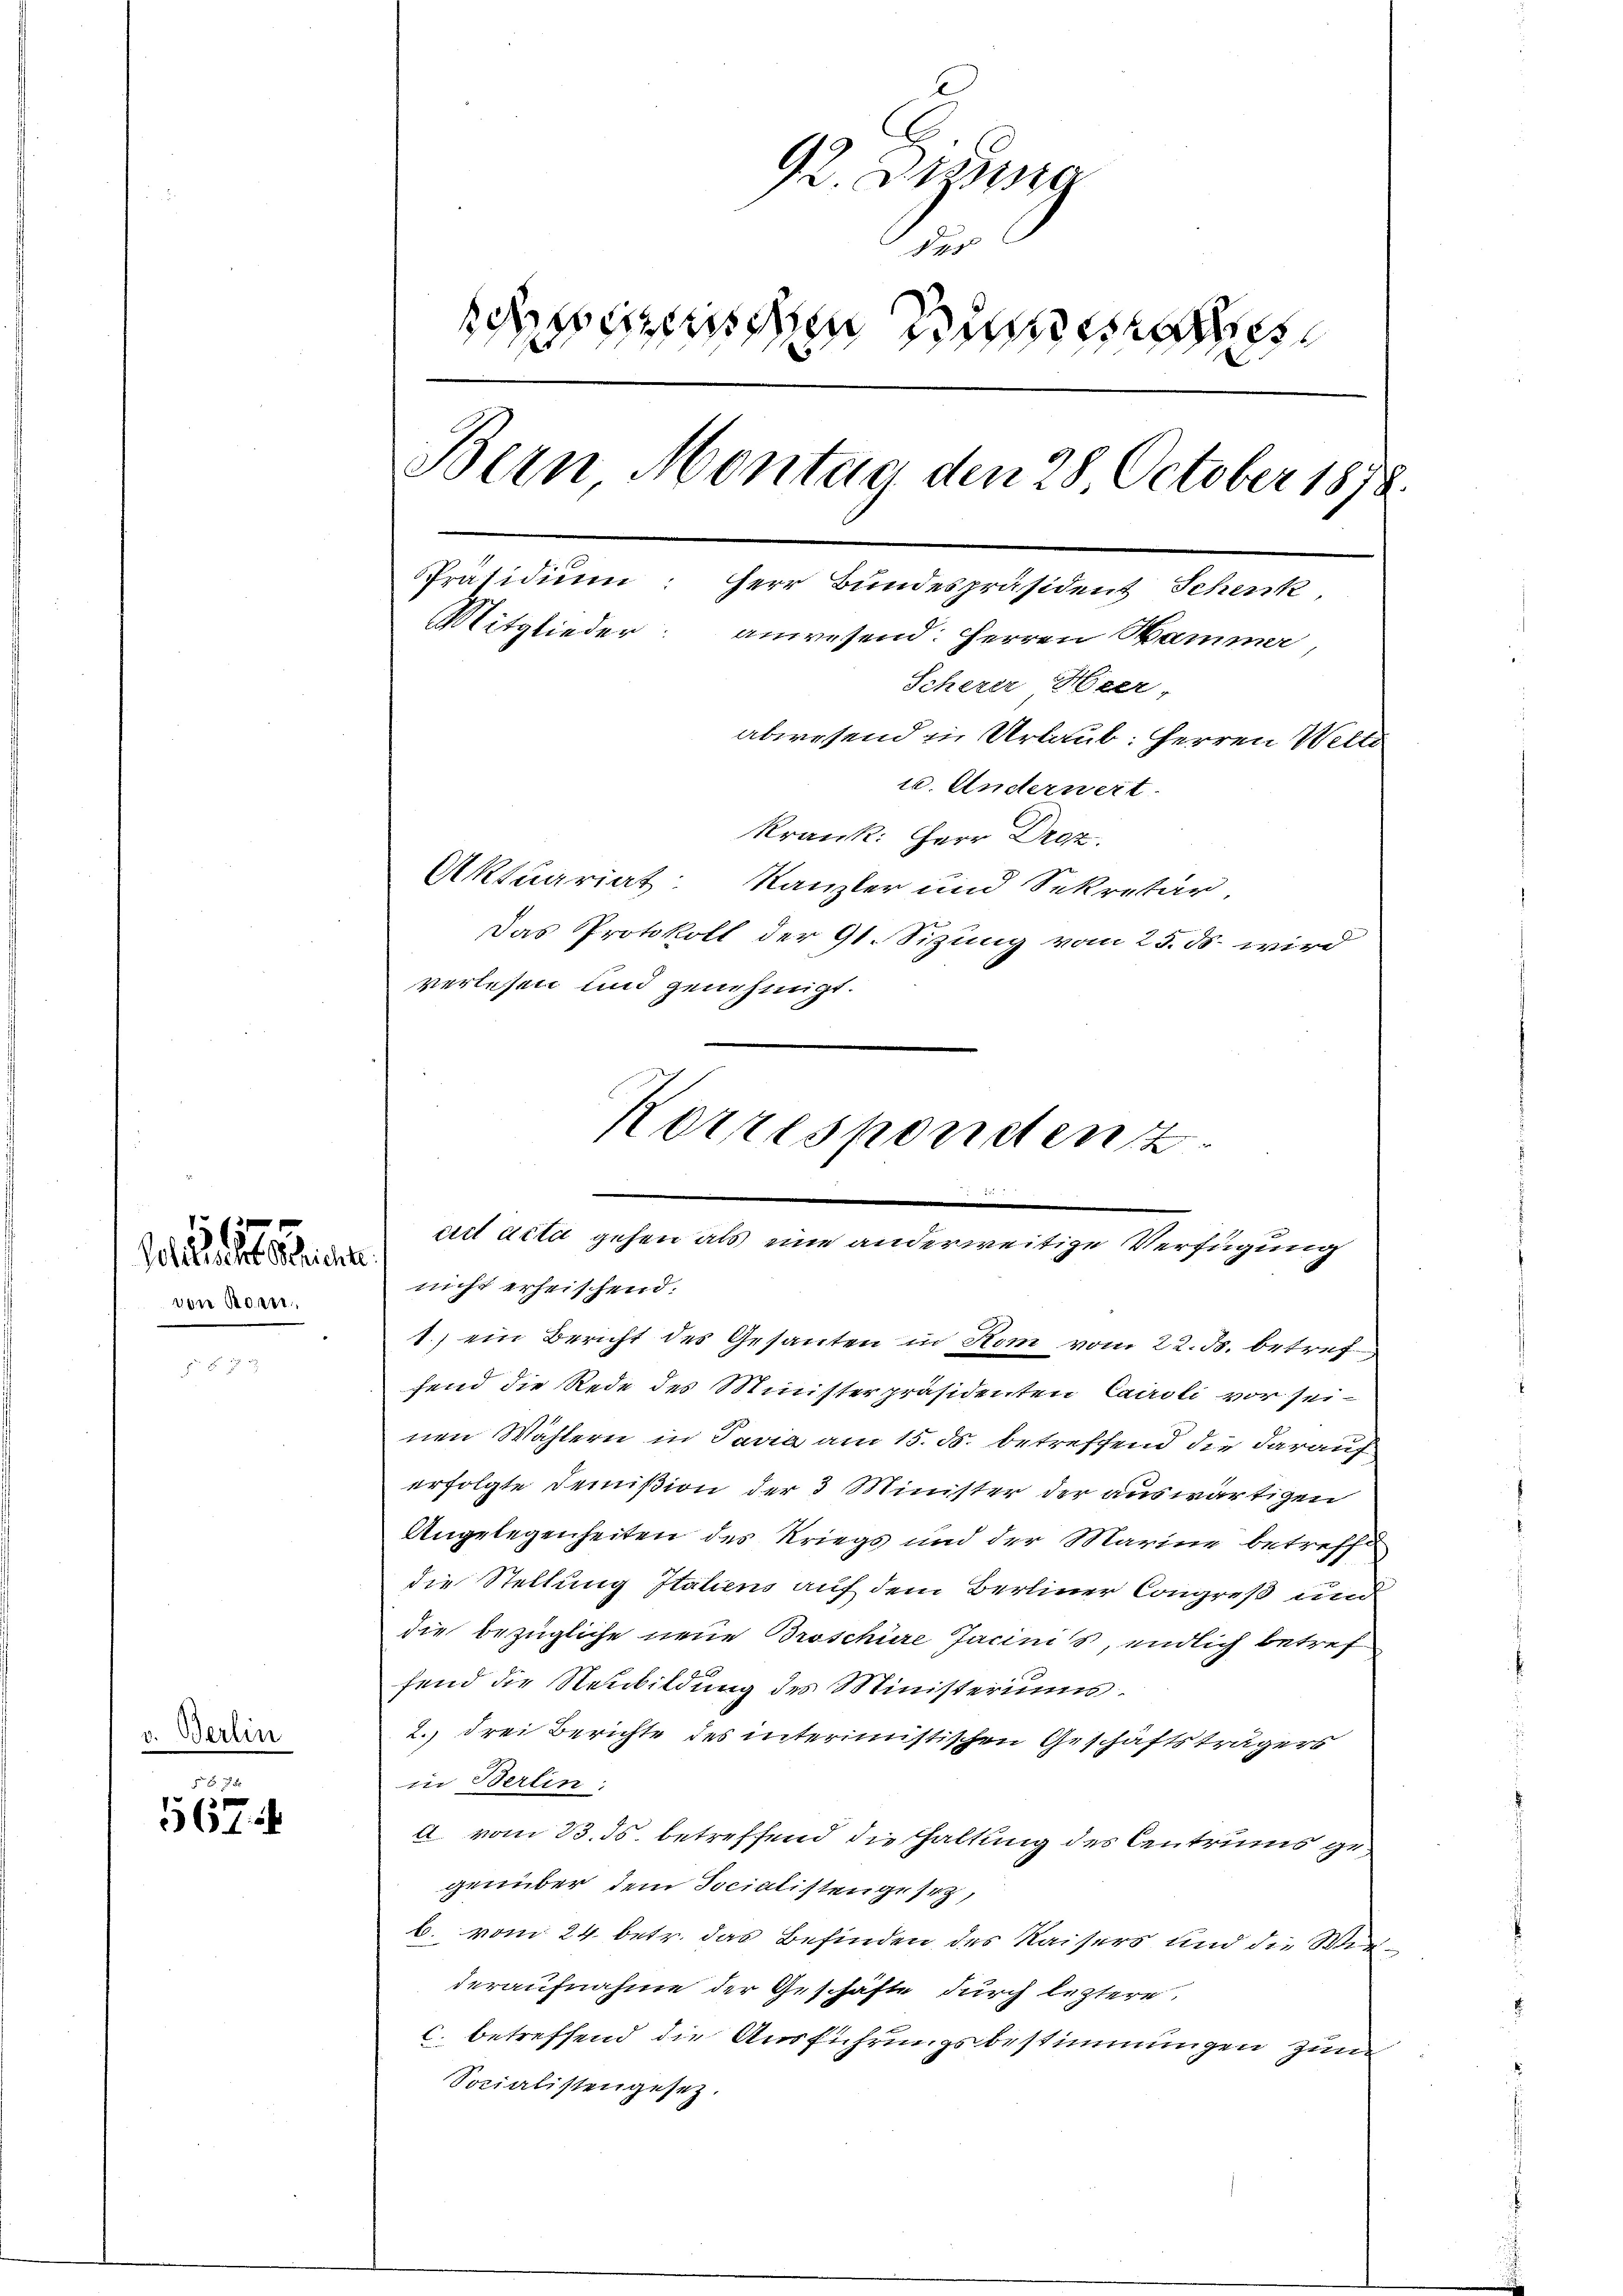
von Bean

Schade sehen

v. Berlin

S. 7
567

92. Deze
des
osnien diese
Bern Montag den 28 October 1878.
Präsidium: Herr Bundespräsident Scherk
Mitglieder: anwesend: Herren Hammer
Scherer Heer-
abwesend in Urlaub: Herren Welti
u. Anderwert.
krank: Herr Droz.

Aktuariat
Kanzler und Sekretär
Das Protokoll der 91. Sizung vom 25. ds. wird
verlesen und genehmigt.
nicht erheischend.
1.) ein Bericht des Gesanten in Hom vom 22. ds. betreffend die Rede des Ministerpräsidenten Caroli vor sei-
nen Wählern in Pavia am 15. ds. betreffend die darauf
erfolgte Domißion der 3 Minister der auswärtigen
Angelegenheiten des Kriegs und der Marine betreffe
die Stellung Italiens auf dem Berliner Congreß und
die bezügliche neue Broschüre Jacinis, endlich betref
fend die Neubildung des Ministeriums
2.) drei Berichte des interimistischen Geschäftsträgers
in Berlin:
A. vom 23. ds. betreffend die Haltung des Centrums gegenüber dem Socialistengeseh
b. vom 24. betr. das Befinden des Kaisers und die Wiederaufnahme der Geschäfte durch leztere,
c. betreffend die Ausführungsbestimmungen zum
Socialistengesetz.

Korrespondent
art dita gehen als eine anderweitige Verfügung